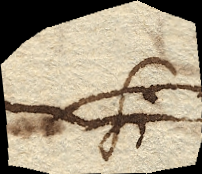
Si